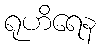
ရုဟိရေန